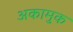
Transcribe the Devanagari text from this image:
अकामुक